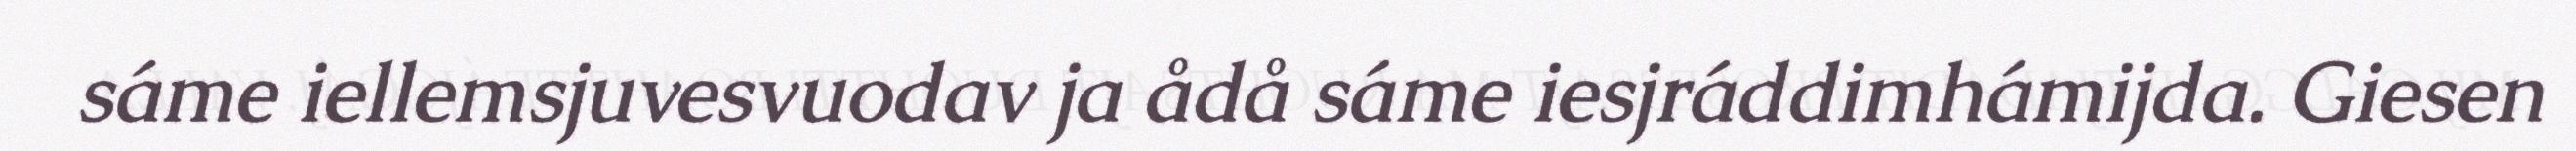
sáme iellemsjuvesvuodav ja ådå sáme iesjráddimhámijda. Giesen